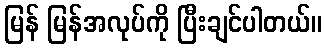
မြန် မြန်အလုပ်ကို ပြီးချင်ပါတယ်။